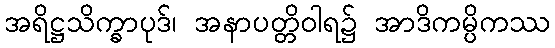
အရိဋ္ဌသိက္ခာပုဒ်၊ အနာပတ္တိဝါရ၌ အာဒိကမ္ပိကဿ